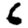
Digit: 6